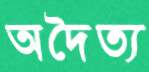
অদৈত্য